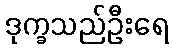
ဒုက္ခသည်ဦးရေ